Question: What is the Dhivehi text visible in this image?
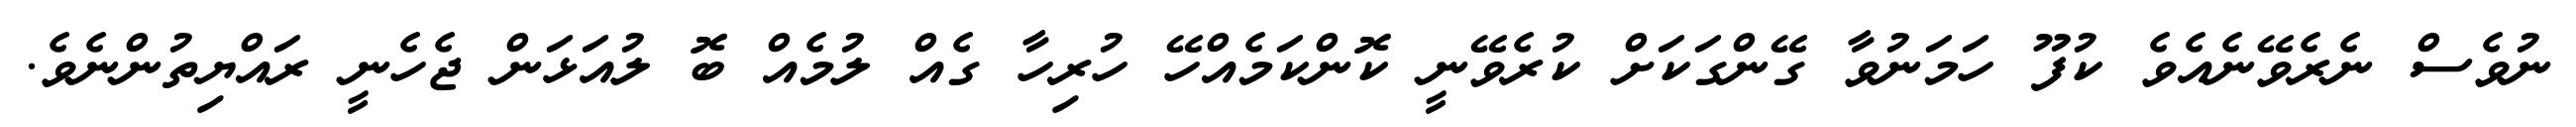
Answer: ނުވެސް ނެރެވޭނެއެވެ ކުފޫ ހަމަނުވާ ގޭންގަކަށް ކުރެވޭނީ ކޮންކަމެއްހޭ ހުރިހާ ގެއް ލުމެއް ބޮ ލުއަޅަން ޖެހެނީ ރައްޔިތުންނެވެ.